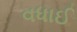
વધાઈ